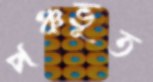
পঞ্চভূত